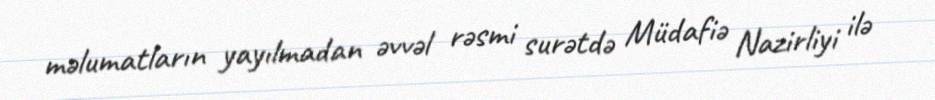
məlumatların yayılmadan əvvəl rəsmi surətdə Müdafiə Nazirliyi ilə